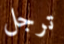
ترجل